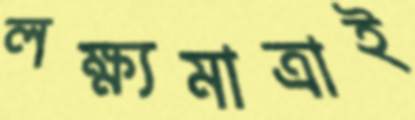
লক্ষ্যমাত্রাই